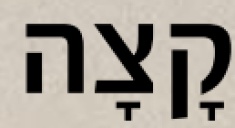
קָצָה